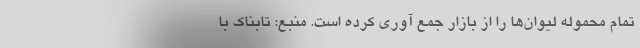
تمام محموله لیوان‌ها را از بازار جمع آوری کرده است. منبع: تابناک با